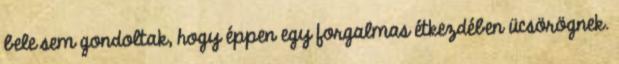
bele sem gondoltak, hogy éppen egy forgalmas étkezdében ücsörögnek.